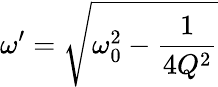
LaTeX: \omega^{\prime}=\sqrt{\omega_{0}^{2}-\frac{1}{4Q^{2}}}